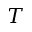
{ \cal T }